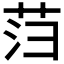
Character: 𰰻